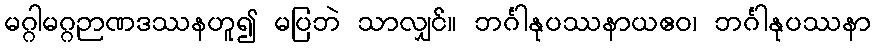
မဂ္ဂါမဂ္ဂဉာဏဒဿနဟူ၍ မပြဘဲ သာလျှင်။ ဘင်္ဂါနုပဿနာယဧဝ၊ ဘင်္ဂါနုပဿနာ